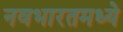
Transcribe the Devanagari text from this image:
नवभारतमध्ये